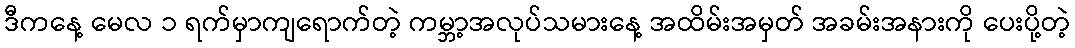
ဒီကနေ့ မေလ ၁ ရက်မှာကျရောက်တဲ့ ကမ္ဘာ့အလုပ်သမားနေ့ အထိမ်းအမှတ် အခမ်းအနားကို ပေးပို့တဲ့